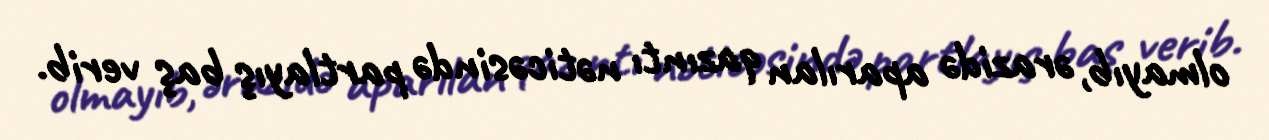
olmayıb, ərazidə aparılan qazıntı nəticəsində partlayış baş verib.